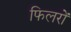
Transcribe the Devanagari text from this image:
फिलरों